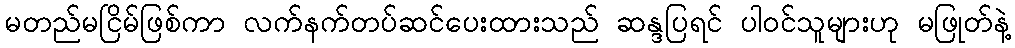
မတည်မငြိမ်ဖြစ်ကာ လက်နက်တပ်ဆင်ပေးထားသည် ဆန္ဒပြရင် ပါဝင်သူများဟု မဖြုတ်နဲ့